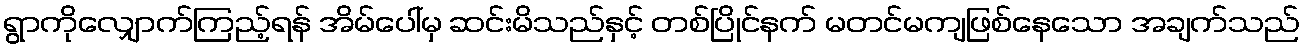
ရွာကိုလျှောက်ကြည့်ရန် အိမ်ပေါ်မှ ဆင်းမိသည်နှင့် တစ်ပြိုင်နက် မတင်မကျဖြစ်နေသော အချက်သည်